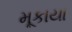
મૂકાયા